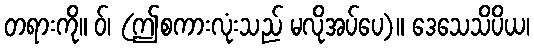
တရားကို။ ဝ်၊ (ဤစကားလုံးသည် မလိုအပ်ပေ)။ ဒေသေသိပိယ၊